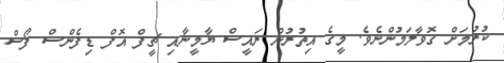
ކުރުމަށް ގޮވާލަމުންނެވެ. މީގެ އިތުރުން ރައީސް ޔާމީނާއި ޗީފް އޮފް ޑިފެންސް ފޯސް